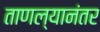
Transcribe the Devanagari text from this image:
ताणल्यानंतर